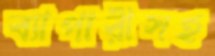
ব্যাপারীসহ